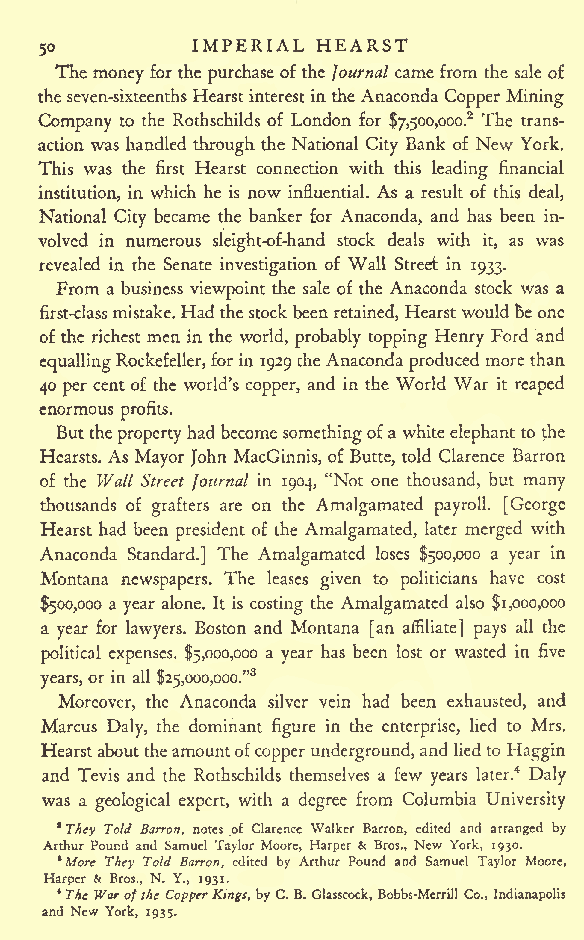
IMPERIAL HEARST
 50
 The money for the purchase of the Journal came from the sale of
 theseven-sixteenthsHearstinterestin theAnaconda Copper Mining
 Company to the Rothschilds of London for $7,50o,ooo.2 The trans-
 action was handled through the National City Bank of New York.
 This was the first Hearst connection with this leading financial
 institution, in which he is now influential. As a result of this deal,
 National City became the banker for Anaconda, and has been in-
 volved in numerous sleight-of-hand stock deals with it, as was
 revealed in the Senate investigation of Wall Street in 1933.
 From a business viewpoint the sale of the Anaconda stock was a
 first-classmistake.Hadthestock beenretained, Hearst would beone
 of the richest men in the world, probably topping Henry Ford and
 equallingRockefeller,forin 1929 theAnaconda produced more than
 40 per cent of the world's copper, and in the World War it reaped
 enormous
 profits.
 Butthepropertyhadbecomesomethingofa whiteelephantto the
 Hearsts. As Mayor John MacGinnis, of Butte, told Clarence Barren
 of the Wall Street Journal in 1904, "Not one thousand, but many
 thousands of grafters are on the Amalgamated payroll. [George
 Hearst had been president of the Amalgamated, later merged with
 Anaconda Standard.] The Amalgamated loses $500,000 a year in
 Montana newspapers. The leases given to politicians have cost
 $500,000 a year alone. It is costing the Amalgamated also $1,000,000
 a year for lawyers. Boston and Montana [an affiliate] pays all the
 political expenses. $5,000,000 a year has been lost or wasted in five
 years,or in all $25,ooo,ooo."3
 Moreover, the Anaconda silver vein had been exhausted, and
 Marcus Daly, the dominant figure in the enterprise, lied to Mrs.
 Hearstabouttheamountofcopperunderground,and liedto Haggin
 and Tevis and the Rothschilds themselves a few years later.4 Daly
 was a geological expert, with a degree from Columbia University
 1They Told Barron, notes of Clarence Walker Barren, edited and arranged by
 Arthur Pound and Samuel Taylor Moore, Harper & Bros., New York, 1930.
 *More They Told Barron, edited by Arthur Pound and Samuel Taylor Moore,
 Harper & Bros., N. Y., 1931.
 *The Warofthe CopperKings,byC. B.Glasscock, Bobbs-Merrill Co., Indianapolis
 and New York, 1935.